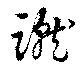
蹴